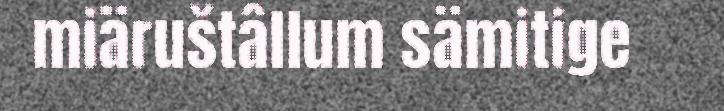
miäruštâllum sämitige